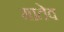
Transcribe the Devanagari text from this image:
मातेव